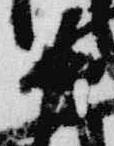
中